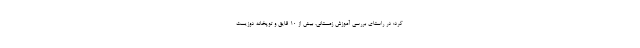
کرد: در راستای بررسی آموزش زمستانی، بیش از ۱۰ قایق و توپخانه دوزیست